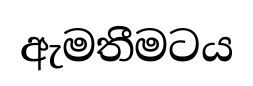
ඇමතීමටය